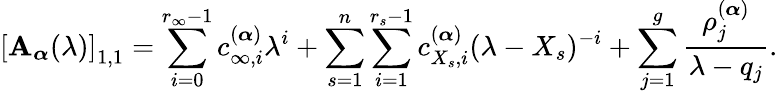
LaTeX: \left[\mathbf{A}_{\boldsymbol{\alpha}}(\lambda)\right]_{1,1}=\sum_{i=0}^{r_{\infty}-1}c_{\infty,i}^{(\boldsymbol{\alpha})}\lambda^{i}+\sum_{s=1}^{n}\sum_{i=1}^{r_{s}-1}c_{{X_{s}},i}^{(\boldsymbol{\alpha})}(\lambda-X_{s})^{-i}+\sum_{j=1}^{g}\frac{{\rho_{j}^{(\boldsymbol{\alpha})}}}{{\lambda-q_{j}}}.